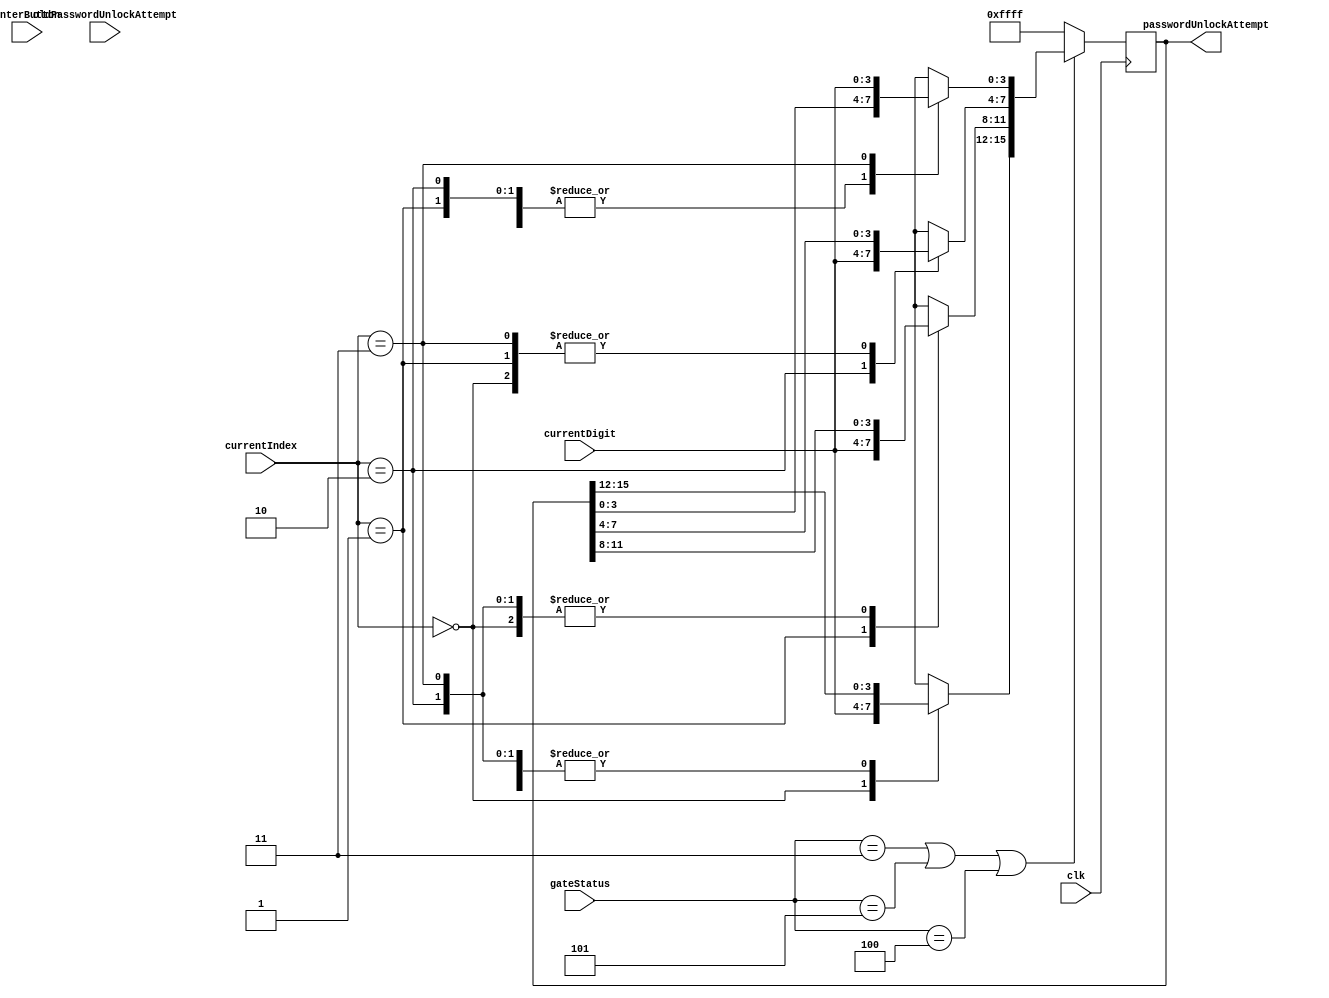
`timescale 1ns / 1ps
//////////////////////////////////////////////////////////////////////////////////
// Company: 
// Engineer: 
// 
// Design Name: 
// Module Name:    getPassword 
// Project Name: 
// Target Devices: 
// Tool versions: 
// Description: 
//
// Dependencies: 
//
// Revision: 
// Revision 0.01 - File Created
// Additional Comments: 
//
//////////////////////////////////////////////////////////////////////////////////
module getPassword(clk, oldPasswordUnlockAttempt, currentIndex, currentDigit, enterButton, gateStatus, passwordUnlockAttempt);

	input clk;
	input [15:0] oldPasswordUnlockAttempt;
	input [1:0] currentIndex;
	input [3:0] currentDigit;
	input [2:0] gateStatus;
	
	input enterButton;
	
	output reg [15:0] passwordUnlockAttempt;
	
	initial passwordUnlockAttempt = 16'hffff;
	
	always@(posedge clk) begin
		
		if(gateStatus == 3'd3 || gateStatus == 3'd5 || gateStatus == 3'd4) begin
			//WE WANT TO CHECK WHAT THE USER HAS CURRENTLY ENTERED AS AN ATTEMPT TO UNLOCK THE LOCK
			case(currentIndex)
				2'd0: 
					passwordUnlockAttempt[15:12] = currentDigit;
				2'd1:
					passwordUnlockAttempt[11:8] = currentDigit;
				2'd2:
					passwordUnlockAttempt[7:4] = currentDigit;
				2'd3:
					passwordUnlockAttempt[3:0] = currentDigit;
			endcase
		
		end else if(gateStatus == 3'd1) begin
			passwordUnlockAttempt = 16'hffff;
		end else begin
			passwordUnlockAttempt = 16'hffff;
		end
		
	end


endmodule